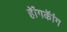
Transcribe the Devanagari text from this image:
हॅांगकॅांग